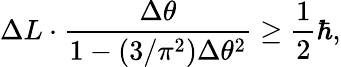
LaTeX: \Delta L\cdot\frac{\Delta\theta}{1-(3/\pi^{2})\Delta\theta^{2}}\ge\frac 12\hbar,